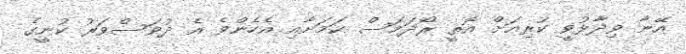
އޭނާ ވިދާޅުވީ ކުރިއަށް އޮތީ ރޯދަމަސް ކަމަށާއި އެހެންވެ އެ ދުވަސްވަރު ކުނީގެ